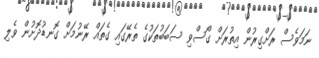
ނަމަވެސް ރަށްގިރުން އިތުރަށް ގޯސްވި ސަބަބުތަކުގެ ތެރޭގައި ގެތައް ރޭނުމަށް ގޮނޑުދޮށުން ވެލި